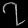
Digit: ၇